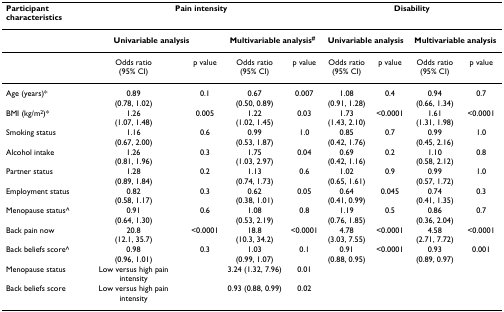
<table><thead><tr><td><b>Participant characteristics</b></td><td colspan="4"><b>Pain intensity</b></td><td colspan="4"><b>Disability</b></td></tr></thead><tbody><tr><td></td><td colspan="2"><b>Univariable analysis</b></td><td colspan="2"><b>Multivariable analysis<sup>#</sup></b></td><td colspan="2"><b>Univariable analysis</b></td><td colspan="2"><b>Multivariable analysis</b></td></tr><tr><td></td><td>Odds ratio(95% CI)</td><td>p value</td><td>Odds ratio(95% CI)</td><td>p value</td><td>Odds ratio(95% CI)</td><td>p value</td><td>Odds ratio(95% CI)</td><td>p value</td></tr><tr><td>Age (years)*</td><td>0.89(0.78, 1.02)</td><td>0.1</td><td>0.67(0.50, 0.89)</td><td>0.007</td><td>1.08(0.91, 1.28)</td><td>0.4</td><td>0.94(0.66, 1.34)</td><td>0.7</td></tr><tr><td>BMI (kg/m<sup>2</sup>)*</td><td>1.26(1.07, 1.48)</td><td>0.005</td><td>1.22(1.02, 1.45)</td><td>0.03</td><td>1.73(1.43, 2.10)</td><td>&lt;0.0001</td><td>1.61(1.31, 1.98)</td><td>&lt;0.0001</td></tr><tr><td>Smoking status</td><td>1.16(0.67, 2.00)</td><td>0.6</td><td>0.99(0.53, 1.87)</td><td>1.0</td><td>0.85(0.42, 1.76)</td><td>0.7</td><td>0.99(0.45, 2.16)</td><td>1.0</td></tr><tr><td>Alcohol intake</td><td>1.26(0.81, 1.96)</td><td>0.3</td><td>1.75(1.03, 2.97)</td><td>0.04</td><td>0.69(0.42, 1.16)</td><td>0.2</td><td>1.10(0.58, 2.12)</td><td>0.8</td></tr><tr><td>Partner status</td><td>1.28(0.89, 1.84)</td><td>0.2</td><td>1.13(0.74, 1.73)</td><td>0.6</td><td>1.02(0.65, 1.61)</td><td>0.9</td><td>0.99(0.57, 1.72)</td><td>1.0</td></tr><tr><td>Employment status</td><td>0.82(0.58, 1.17)</td><td>0.3</td><td>0.62(0.38, 1.01)</td><td>0.05</td><td>0.64(0.41, 0.99)</td><td>0.045</td><td>0.74(0.41, 1.35)</td><td>0.3</td></tr><tr><td>Menopause status^</td><td>0.91(0.64, 1.30)</td><td>0.6</td><td>1.08(0.53, 2.19)</td><td>0.8</td><td>1.19(0.76, 1.85)</td><td>0.5</td><td>0.86(0.36, 2.04)</td><td>0.7</td></tr><tr><td>Back pain now</td><td>20.8(12.1, 35.7)</td><td>&lt;0.0001</td><td>18.8(10.3, 34.2)</td><td>&lt;0.0001</td><td>4.78(3.03, 7.55)</td><td>&lt;0.0001</td><td>4.58(2.71, 7.72)</td><td>&lt;0.0001</td></tr><tr><td>Back beliefs score^</td><td>0.98(0.96, 1.01)</td><td>0.3</td><td>1.03(0.99, 1.07)</td><td>0.1</td><td>0.91(0.88, 0.95)</td><td>&lt;0.0001</td><td>0.93(0.89, 0.97)</td><td>0.001</td></tr><tr><td>Menopause status</td><td>Low versus high pain intensity</td><td></td><td>3.24 (1.32, 7.96)</td><td>0.01</td><td></td><td></td><td></td><td></td></tr><tr><td>Back beliefs score</td><td>Low versus high pain intensity</td><td></td><td>0.93 (0.88, 0.99)</td><td>0.02</td><td></td><td></td><td></td><td></td></tr></tbody></table>